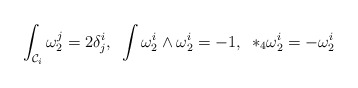
\begin{align*}\int_{{\cal C}_{i}} \omega_{2}^{j} = 2 \delta^{i}_{j}, \, \, \,\int \omega^{i}_{2}\wedge \omega^{i}_{2} = -1, \, \, \, *_{4} \omega^{i}_{2} = - \omega^{i}_{2}\end{align*}